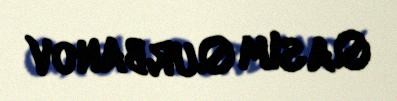
Qasım Qurbanov